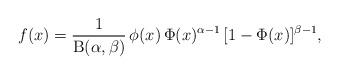
LaTeX: \begin{align*}f(x)=\frac{1}{\mathrm{B}(\alpha,\beta)}\,\phi(x)\,\Phi(x)^{\alpha-1}\,[1-\Phi(x)]^{\beta-1},\end{align*}